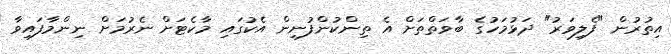
އިތުރުން "ފެލިވަރު" ދަޅުމަހުގެ ބާވަތްތަށް އެ ތިންކުންފުނިން އެކުގައި މާކެޓަށް ނެރުމަށް ނިންމާފައިވާ